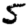
Digit: 5